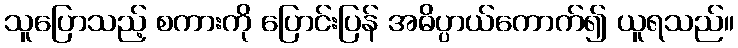
သူပြောသည့် စကားကို ပြောင်းပြန် အဓိပ္ပာယ်ကောက်၍ ယူရသည်။